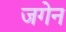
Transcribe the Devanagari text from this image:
जगेन